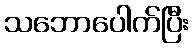
သဘောပေါက်ပြီး